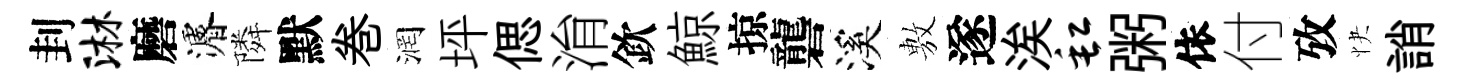
刲淋磨濬隣默巻润坪偲㳙欽鯨掠礱溪𢾾遂涘缸粥依付攷快誚